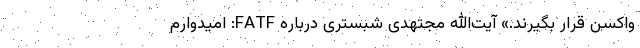
واکسن قرار بگیرند.» آیت‌الله مجتهدی شبستری درباره FATF: امیدوارم